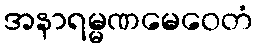
အနာရမ္မဏမေဝေတံ